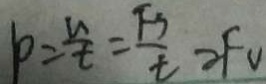
p = \frac { u } { t } = \frac { F S } { t } = F v